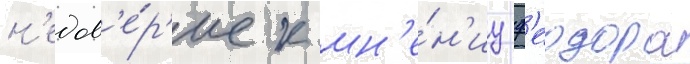
н'едов'е́р'ие к мн'е́н'иу ф'еодора